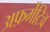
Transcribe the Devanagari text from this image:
अफ़र्मेटिव